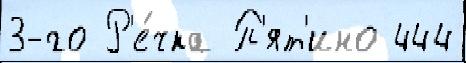
3-го Р'е́чка П'ят'ино 444